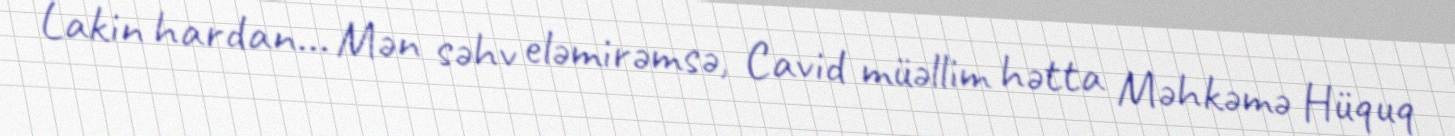
Lakin hardan... Mən səhv eləmirəmsə, Cavid müəllim hətta Məhkəmə Hüquq